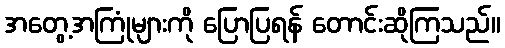
အတွေ့အကြုံများကို ပြောပြရန် တောင်းဆိုကြသည်။